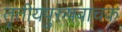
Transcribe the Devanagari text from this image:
तृतीयपुरुषवाचक